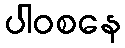
ပါဝစနေ